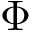
\Phi